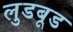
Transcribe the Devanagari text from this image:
लुडबूड